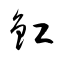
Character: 釭